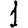
Digit: 1